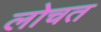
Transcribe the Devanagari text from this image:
लोचत